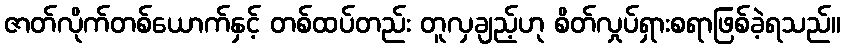
ဇာတ်လိုက်တစ်ယောက်နှင့် တစ်ထပ်တည်း တူလှချည့်ဟု စိတ်လှုပ်ရှားစရာဖြစ်ခဲ့ရသည်။